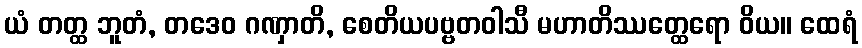
ယံ တတ္ထ ဘူတံ, တဒေဝ ဂဏှာတိ, စေတိယပဗ္ဗတဝါသီ မဟာတိဿတ္ထေရော ဝိယ။ ထေရံ